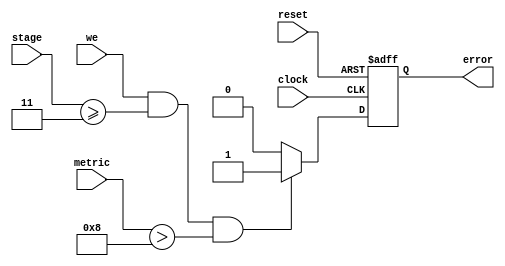
/*============================================================================
   module bSYNCERR_213.v

   Out of Synch Error Detector for  (2,1,3) Viterbi decoder.
   
 ===========================================================================*/
`timescale 1 ns/1 ns


module bSYNCERR_213  (error, stage, we, metric, reset, clock
                 );


   output error;

   input [3:0] stage;
   input [2:0] metric;
   input       we;
   input       reset;
   input       clock;
   reg 	       error;
   

always @(posedge clock or posedge reset)
  begin
     if (reset)
       error <=1'b0;
     else
       begin
          if (we && stage >=4'b0011 && metric >4'b1000)
            error <=1'b1;
	  else
	    error <=1'b0;
       end
  end



endmodule